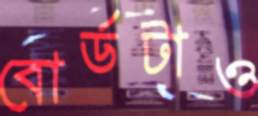
বোর্ডটাও